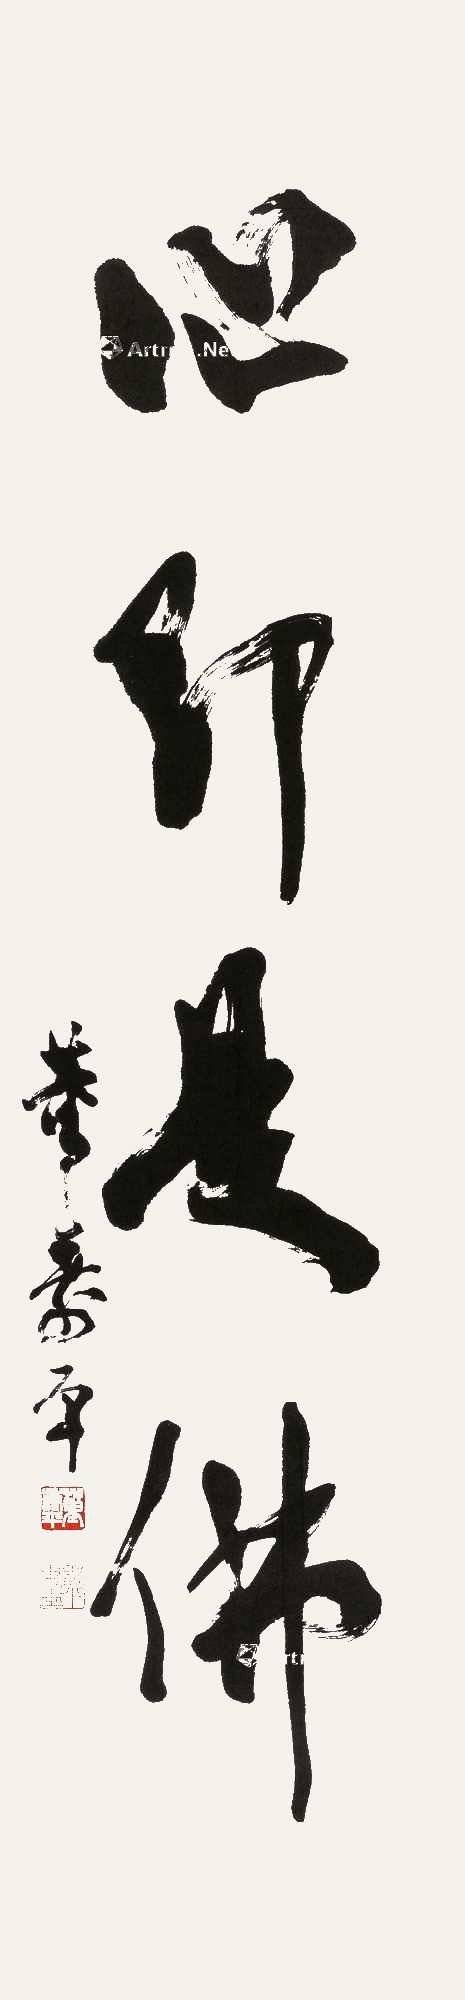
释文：心即是佛董寿平。